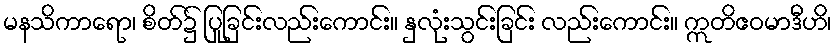
မနသိကာရော၊ စိတ်၌ ပြုခြင်းလည်းကောင်း။ နှလုံးသွင်းခြင်း လည်းကောင်း။ ဣတိဧဝမာဒီဟိ၊